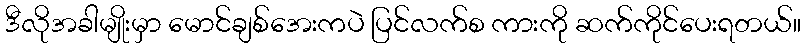
ဒီလိုအခါမျိုးမှာ မောင်ချစ်အေးကပဲ ပြင်လက်စ ကားကို ဆက်ကိုင်ပေးရတယ်။